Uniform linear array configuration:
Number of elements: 64
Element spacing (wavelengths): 0.5
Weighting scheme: exponential
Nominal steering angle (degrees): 15
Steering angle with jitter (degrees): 15.167
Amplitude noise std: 0.05
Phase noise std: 0.05

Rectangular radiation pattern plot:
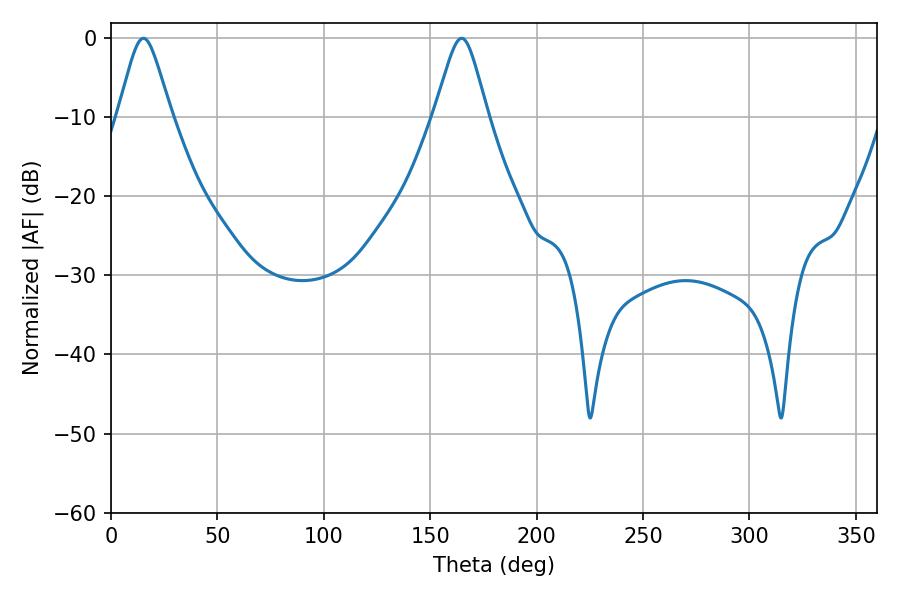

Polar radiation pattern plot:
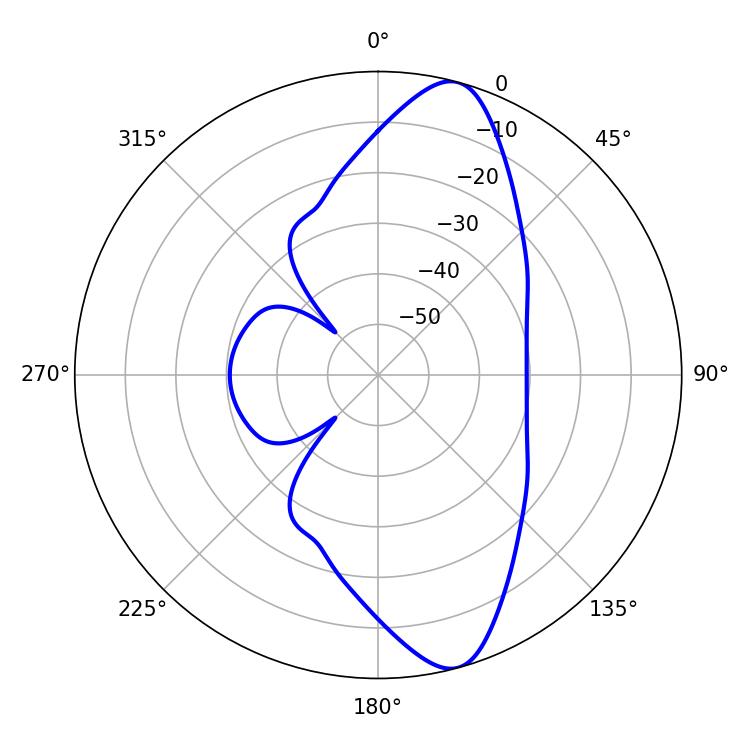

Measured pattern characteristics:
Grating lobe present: FALSE
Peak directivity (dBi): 11.6
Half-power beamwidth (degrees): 12.06
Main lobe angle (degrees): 15.3